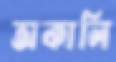
অকালি